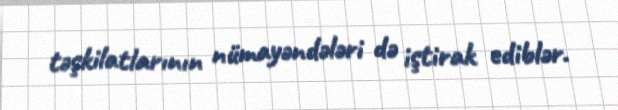
təşkilatlarının nümayəndələri də iştirak ediblər.